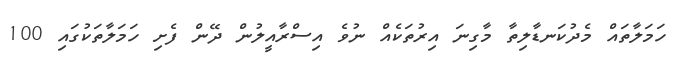
ހަމަލާތައް މެދުކަނޑާލިތާ މާގިނަ އިރުތަކެއް ނުވެ އިސްރާއީލުން ދޭން ފެށި ހަމަލާތަކުގައި 100